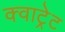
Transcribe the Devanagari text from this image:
क्वाट्रेट